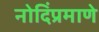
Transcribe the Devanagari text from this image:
नोदिंप्रमाणे